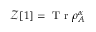
\mathcal { Z } [ 1 ] = \mathrm { ~ T ~ r ~ } \rho _ { A } ^ { \alpha }